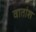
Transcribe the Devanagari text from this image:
वातांश